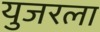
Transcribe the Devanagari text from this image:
युजरला